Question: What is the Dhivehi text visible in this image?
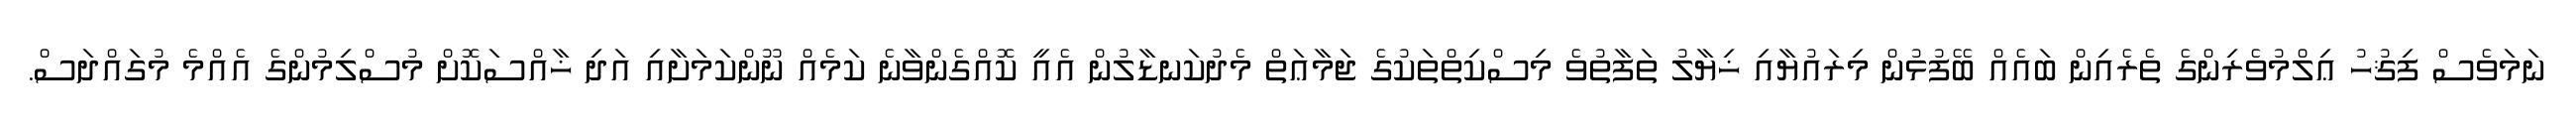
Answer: ނަމަވެސް ފިޤުހު ޢިލްމުވެރިންގެ ތެރެއިން ބައެއް ބޭފުޅުން މިރައުޔާއި ޚިޔާލު ތަފާތުވެ މިސްކިތްތަކުގެ ޖަމާޢަތް މެދުކަނޑާލުން އެއީ ކޮއްގެންވާނެ ކަމެއް ނޫންކަމަށާއި އަދި ޚާއްސަކޮށް މުސްލިމުންގެ އެއްމެ މުގައްދަސް.